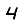
Digit: 4